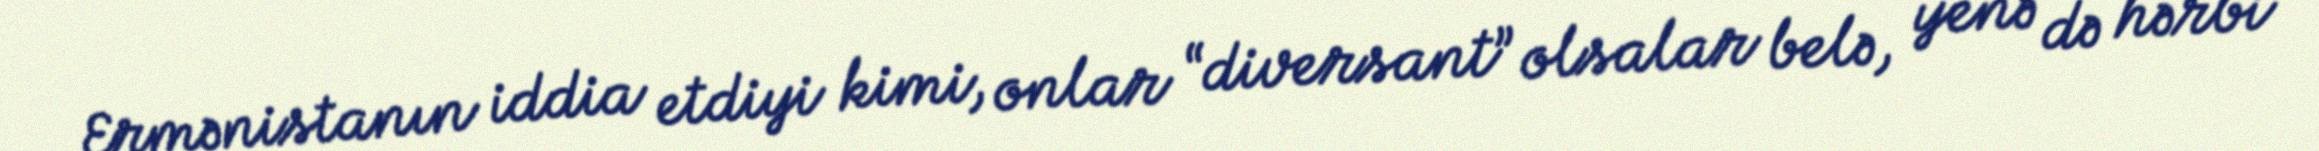
Ermənistanın iddia etdiyi kimi, onlar “diversant” olsalar belə, yenə də hərbi